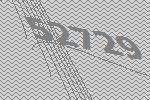
52729